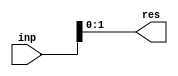
module zero_ext (inp, res);
   parameter signed [31:0]  old_width = 4;
   parameter signed [31:0]  new_width = 2;
   input [old_width - 1 : 0] inp;
   output [new_width - 1 : 0] res;
   wire [new_width-1:0] result;
   genvar i;
   assign res = result;
   generate
     if (new_width > old_width)
       begin:u0
	  assign result = { {(new_width-old_width){1'b0}}, inp}; 
       end 
     else
       begin:u1
	  assign result[new_width-1:0] = inp[new_width-1:0];
       end 
    endgenerate
endmodule